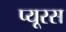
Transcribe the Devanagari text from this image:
प्यूरस